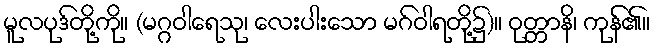
မူလပုဒ်တို့ကို။ (မဂ္ဂဝါရေသု၊ လေးပါးသော မဂ်ဝါရတို့၌)။ ဝုတ္တာနိ၊ ကုန်၏။